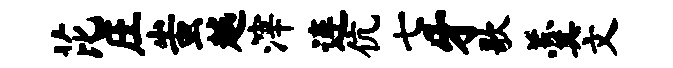
芘庄蚩越滓连伉七牙歌羹文